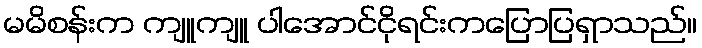
မမိစန်းက ကျူကျူ ပါအောင်ငိုရင်းကပြောပြရှာသည်။